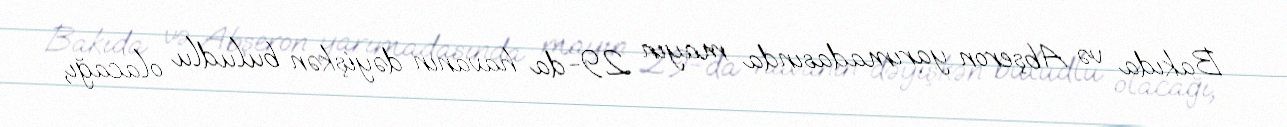
Bakıda və Abşeron yarımadasında mayın 29-da havanın dəyişkən buludlu olacağı,